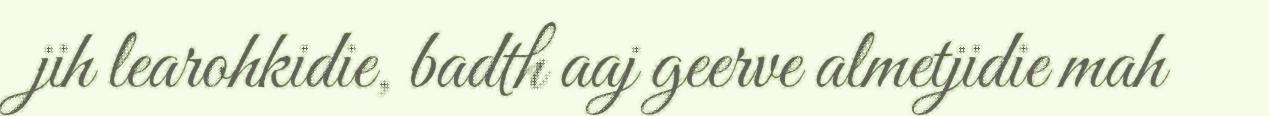
jih learohkidie, badth aaj geerve almetjidie mah